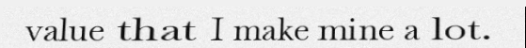
value that I make mine a lot.